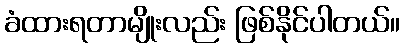
ခံထားရတာမျိုးလည်း ဖြစ်နိုင်ပါတယ်။